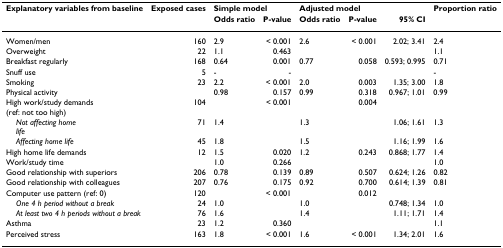
<table><thead><tr><td><b>Explanatory variables from baseline</b></td><td><b>Exposed cases</b></td><td colspan="2"><b>Simple model</b></td><td colspan="3"><b>Adjusted model</b></td><td><b>Proportion ratio</b></td></tr><tr><td></td><td></td><td><b>Odds ratio</b></td><td><b>P-value</b></td><td><b>Odds ratio</b></td><td><b>P-value</b></td><td><b>95% CI</b></td><td></td></tr></thead><tbody><tr><td>Women/men</td><td>160</td><td>2.9</td><td>&lt; 0.001</td><td>2.6</td><td>&lt; 0.001</td><td>2.02; 3.41</td><td>2.4</td></tr><tr><td>Overweight</td><td>22</td><td>1.1</td><td>0.463</td><td></td><td></td><td></td><td>1.1</td></tr><tr><td>Breakfast regularly</td><td>168</td><td>0.64</td><td>0.001</td><td>0.77</td><td>0.058</td><td>0.593; 0.995</td><td>0.71</td></tr><tr><td>Snuff use</td><td>5</td><td>-</td><td>-</td><td></td><td></td><td></td><td>-</td></tr><tr><td>Smoking</td><td>23</td><td>2.2</td><td>&lt; 0.001</td><td>2.0</td><td>0.003</td><td>1.35; 3.00</td><td>1.8</td></tr><tr><td>Physical activity</td><td></td><td>0.98</td><td>0.157</td><td>0.99</td><td>0.318</td><td>0.967; 1.01</td><td>0.99</td></tr><tr><td>High work/study demands(ref: not too high)</td><td>104</td><td></td><td>&lt; 0.001</td><td></td><td>0.004</td><td></td><td></td></tr><tr><td> <i>Not affecting home</i><i>life</i></td><td>71</td><td>1.4</td><td></td><td>1.3</td><td></td><td>1.06; 1.61</td><td>1.3</td></tr><tr><td> <i>Affecting home life</i></td><td>45</td><td>1.8</td><td></td><td>1.5</td><td></td><td>1.16; 1.99</td><td>1.6</td></tr><tr><td>High home life demands</td><td>12</td><td>1.5</td><td>0.020</td><td>1.2</td><td>0.243</td><td>0.868; 1.77</td><td>1.4</td></tr><tr><td>Work/study time</td><td></td><td>1.0</td><td>0.266</td><td></td><td></td><td></td><td>1.0</td></tr><tr><td>Good relationship with superiors</td><td>206</td><td>0.78</td><td>0.139</td><td>0.89</td><td>0.507</td><td>0.624; 1.26</td><td>0.82</td></tr><tr><td>Good relationship with colleagues</td><td>207</td><td>0.76</td><td>0.175</td><td>0.92</td><td>0.700</td><td>0.614; 1.39</td><td>0.81</td></tr><tr><td>Computer use pattern (ref: 0)</td><td>120</td><td></td><td>&lt; 0.001</td><td></td><td>0.012</td><td></td><td></td></tr><tr><td> <i>One 4 h period without a break</i></td><td>24</td><td>1.0</td><td></td><td>1.0</td><td></td><td>0.748; 1.34</td><td>1.0</td></tr><tr><td> <i>At least two 4 h periods without a break</i></td><td>76</td><td>1.6</td><td></td><td>1.4</td><td></td><td>1.11; 1.71</td><td>1.4</td></tr><tr><td>Asthma</td><td>23</td><td>1.2</td><td>0.360</td><td></td><td></td><td></td><td>1.1</td></tr><tr><td>Perceived stress</td><td>163</td><td>1.8</td><td>&lt; 0.001</td><td>1.6</td><td>&lt; 0.001</td><td>1.34; 2.01</td><td>1.6</td></tr></tbody></table>